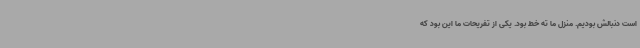
است دنبالش بودیم. منزل ما ته خط بود. یکی از تفریحات ما این بود که